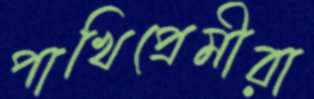
পাখিপ্রেমীরা